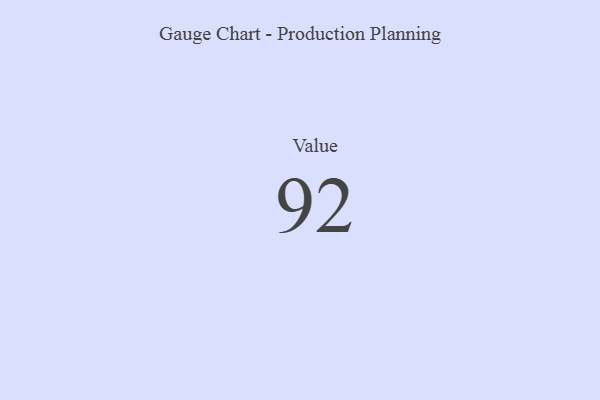
{"axis": {"x": "Metric", "y": "Value"}, "legend": [""], "data": [{"x": "Value", "y": 92, "type": ""}]}